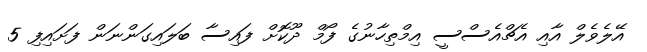
އޭލެވެލް އާއި އެޗްއެސްސީ އިމްތިހާނުގެ ފޯމް ދޫކޮށް ފައިސާ ބަލައިގަންނަން ފަށައިފި 5